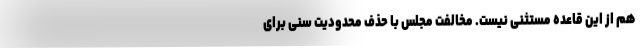
هم از این قاعده مستثنی نیست. مخالفت مجلس با حذف محدودیت سنی برای